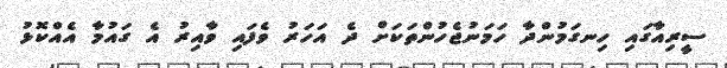
ސީރިއާގައި ހިނގަމުންދާ ހަމަނުޖެހުންތަކަށް ދެ އަހަރު ވެފައި ވާއިރު އެ ގައުމާ އެއްކޮޅު